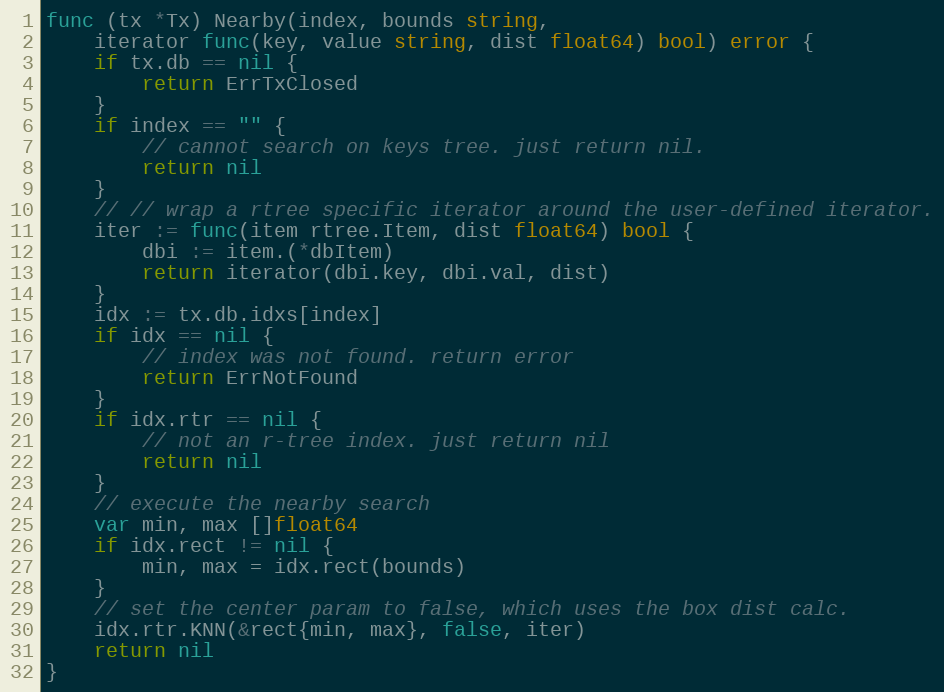
Language: Go
func (tx *Tx) Nearby(index, bounds string,
	iterator func(key, value string, dist float64) bool) error {
	if tx.db == nil {
		return ErrTxClosed
	}
	if index == "" {
		// cannot search on keys tree. just return nil.
		return nil
	}
	// // wrap a rtree specific iterator around the user-defined iterator.
	iter := func(item rtree.Item, dist float64) bool {
		dbi := item.(*dbItem)
		return iterator(dbi.key, dbi.val, dist)
	}
	idx := tx.db.idxs[index]
	if idx == nil {
		// index was not found. return error
		return ErrNotFound
	}
	if idx.rtr == nil {
		// not an r-tree index. just return nil
		return nil
	}
	// execute the nearby search
	var min, max []float64
	if idx.rect != nil {
		min, max = idx.rect(bounds)
	}
	// set the center param to false, which uses the box dist calc.
	idx.rtr.KNN(&rect{min, max}, false, iter)
	return nil
}